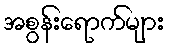
အစွန်းရောက်များ